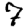
Digit: 7